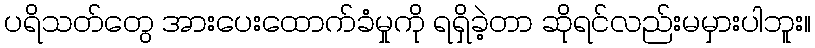
ပရိသတ်တွေ အားပေးထောက်ခံမှုကို ရရှိခဲ့တာ ဆိုရင်လည်းမမှားပါဘူး။